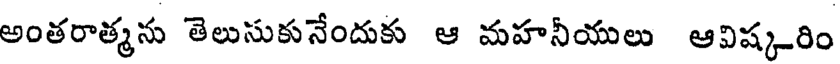
అంతరాత్మను తెలుసుకునేందుకు ఆ మహనీయులు ఆవిష్కరిం